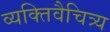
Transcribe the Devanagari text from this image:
व्यक्तिवैचित्र्य